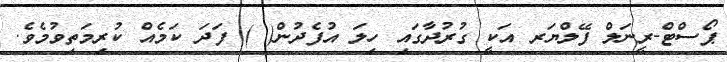
ޕޯސްޓް-ރީނަލް ފޭލްޔަރ އަކީ ގުރުދާގައި ހިލަ އުފެދުން( ) ފަދަ ކަމެއް ކުރިމަތިވުމެވެ.